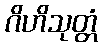
ဂိဟိသုတ္တံ